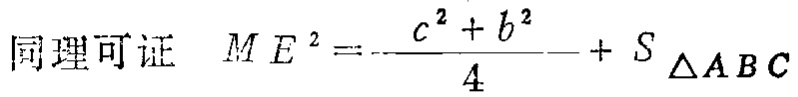
同理可证 \(ME^{2}=\frac{c^{2}+b^{2}}{4}+S_{\triangle ABC}\)